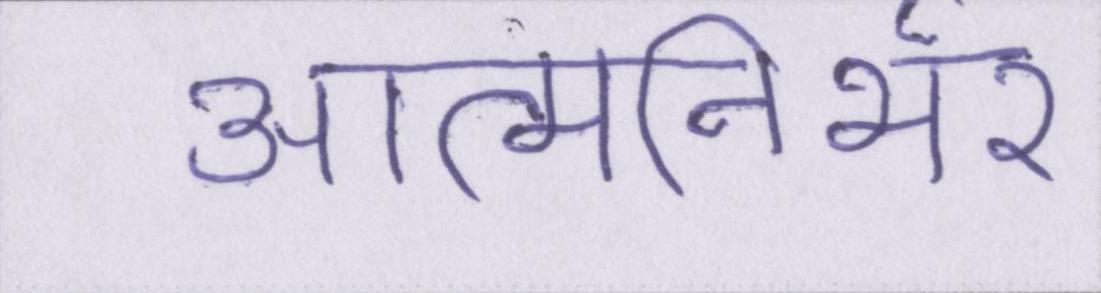
आत्मनिर्भर